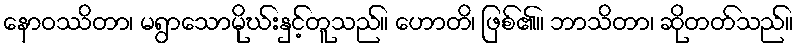
နောဝဿိတာ၊ မရွာသောမိုဃ်းနှင့်တူသည်။ ဟောတိ၊ ဖြစ်၏။ ဘာသိတာ၊ ဆိုတတ်သည်။